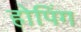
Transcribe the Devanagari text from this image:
होपिंग